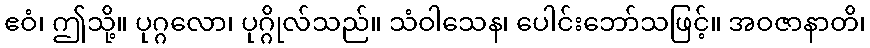
ဧဝံ၊ ဤသို့။ ပုဂ္ဂလော၊ ပုဂ္ဂိုလ်သည်။ သံဝါသေန၊ ပေါင်းဘော်သဖြင့်။ အဝဇာနာတိ၊